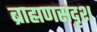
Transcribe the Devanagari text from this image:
ब्राह्मणसदृश